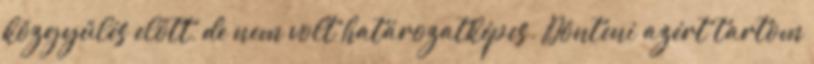
közgyűlés előtt, de nem volt határozatképes. Dönteni azért tartom